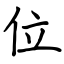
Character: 位